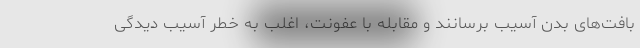
بافت‌های بدن آسیب برسانند و مقابله با عفونت، اغلب به خطر آسیب دیدگیِ